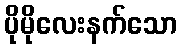
ပိုမိုလေးနက်သော